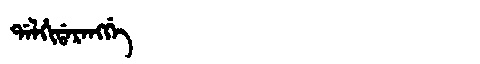
Manchu: ᡩᠠᠯᡥᡳᡩᠠᡵᠠᠩᡤᡝ
Romanization: DALHIDARANGGE